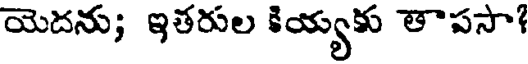
యెదను; ఇతరుల కియ్యకు తాపసా